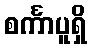
စင်္ကာပူရှိ